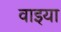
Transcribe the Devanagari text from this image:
वाइया